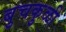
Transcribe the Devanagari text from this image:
बुचकुळी